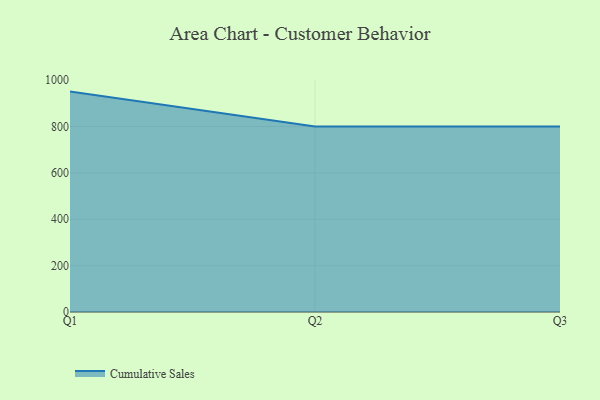
{"axis": {"x": "Quarter", "y": "Headcount"}, "legend": ["Cumulative Sales"], "data": [{"x": "Q1", "y": 950.3, "type": "Cumulative Sales"}, {"x": "Q2", "y": 800, "type": "Cumulative Sales"}, {"x": "Q3", "y": 800, "type": "Cumulative Sales"}]}